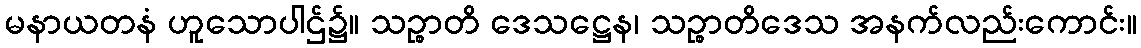
မနာယတနံ ဟူသောပါဌ်၌။ သဉ္စာတိ ဒေသဋ္ဌေန၊ သဉ္စာတိဒေသ အနက်လည်းကောင်း။